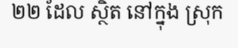
២២ ដែល ស្ថិត នៅក្នុង ស្រុក